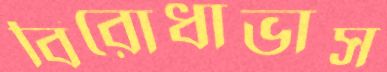
বিরোধাভাস